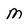
Character: m